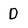
Character: D